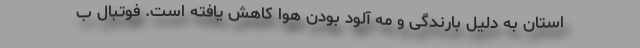
استان به دلیل بارندگی و مه آلود بودن هوا کاهش یافته است. فوتبال ب